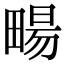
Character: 畼